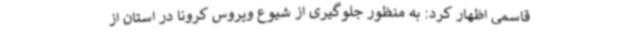
قاسمی اظهار کرد: به منظور جلوگیری از شیوع ویروس کرونا در استان از